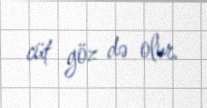
cüt göz də olur.